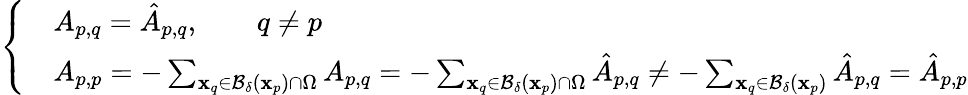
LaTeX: \left\{ \begin{array}{ll}&{A_{p,q}=\hat{A}_{p,q},\quad\quad q\neq p}\\ &{A_{p,p}=-\sum_{\mathbf{x}_{q}\in\mathcal{B}_{\delta}(\mathbf{x}_{p})\cap\Omega}A_{p,q}=-\sum_{\mathbf{x}_{q}\in\mathcal{B}_{\delta}(\mathbf{x}_{p})\cap\Omega}\hat{A}_{p,q}\neq-\sum_{\mathbf{x}_{q}\in\mathcal{B}_{\delta}(\mathbf{x}_{p})}\hat{A}_{p,q}=\hat{A}_{p,p}}\end{array}\right.